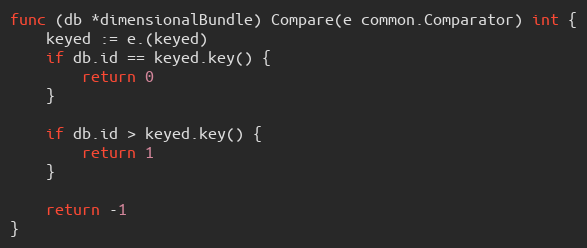
Language: Go
func (db *dimensionalBundle) Compare(e common.Comparator) int {
	keyed := e.(keyed)
	if db.id == keyed.key() {
		return 0
	}

	if db.id > keyed.key() {
		return 1
	}

	return -1
}